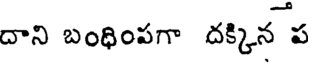
దాని బంధింపగా దక్కిన ప